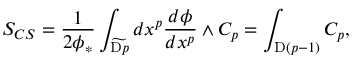
S _ { C S } = \frac { 1 } { 2 \phi _ { * } } \int _ { \widetilde { \mathrm { D } p } } d x ^ { p } \frac { d \phi } { d x ^ { p } } \wedge C _ { p } = \int _ { \mathrm { D } ( p - 1 ) } C _ { p } ,